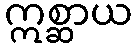
ဣစ္ဆာယ